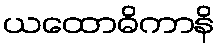
ယထောဓိကာနိ